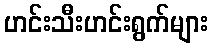
ဟင်းသီးဟင်းရွက်များ